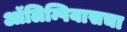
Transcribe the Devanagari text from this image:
ऑलिम्पियासचा